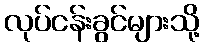
လုပ်ငန်းခွင်များသို့